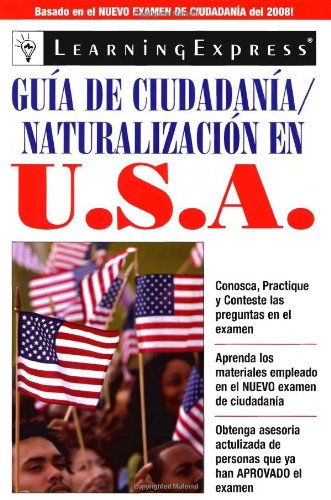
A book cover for Guia de Ciudadania/Naturalizacion en USA (Spanish Edition); LearningExpress Editors; Test Preparation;